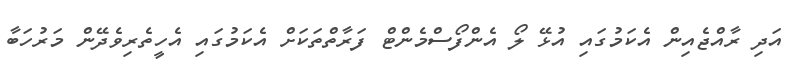
އަދި ރާއްޖެއިން އެކަމުގައި އުޅޭ ލޯ އެންފޯސްމެންޓް ފަރާތްތަކަށް އެކަމުގައި އެހީތެރިވެދޭން މަރުހަބާ